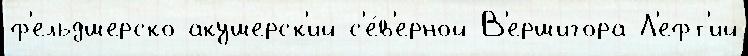
ф'ельдшерско-акушерск'ий с'е́в'ерной В'ершигора Л'ефт'ий